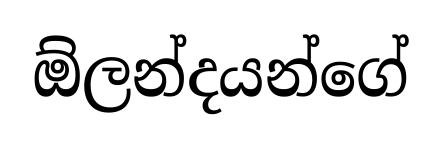
ඕලන්දයන්ගේ